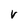
Character: V